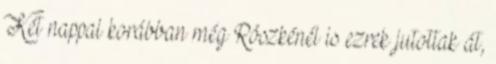
Két nappal korábban még Röszkénél is ezrek jutottak át,